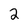
Character: 2